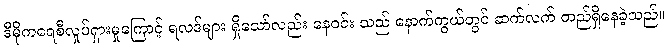
ဒီမိုကရေစီလှုပ်ရှားမှုကြောင့် ရလဒ်များ ရှိသော်လည်း နေဝင်း သည် နောက်ကွယ်တွင် ဆက်လက် တည်ရှိနေခဲ့သည်။